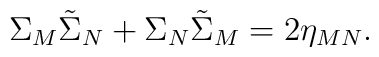
\Sigma_M\tilde\Sigma_N+\Sigma_N\tilde\Sigma_M=2\eta_{MN}.